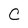
Character: C